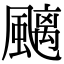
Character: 䬜